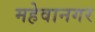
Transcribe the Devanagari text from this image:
महेवानगर